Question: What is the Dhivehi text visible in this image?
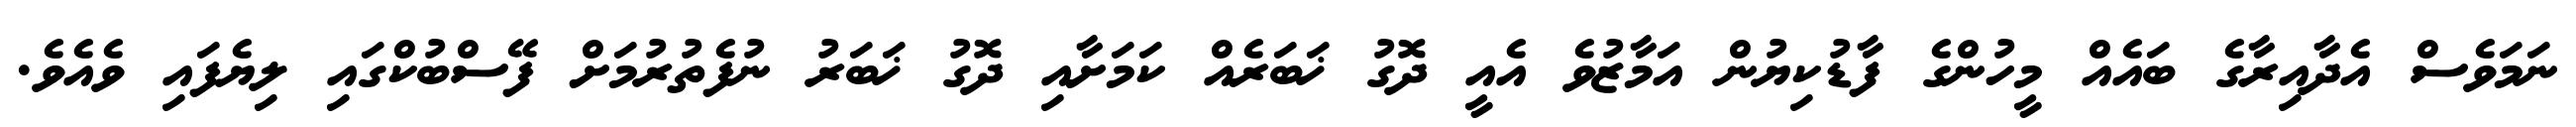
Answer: ނަމަވެސް އެދާއިރާގެ ބައެއް މީހުންގެ ފާޑުކިޔުން އަމާޒުވެ އެއީ ދޮގު ޚަބަރެއް ކަމަށާއި ދޮގު ޚަބަރު ނުފެތުރުމަށް ފޭސްބުކްގައި ލިޔެފައި ވެއެވެ.